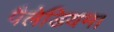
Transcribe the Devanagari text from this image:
पैलेडियम।